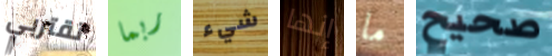
تقتربي ربما شيء إنها ما صحيح